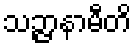
သဉ္ဇာနာမီတိ